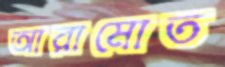
আরামোত